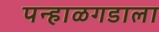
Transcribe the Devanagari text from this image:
पन्हाळगडाला